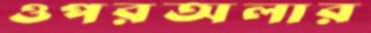
ওপরঅলার